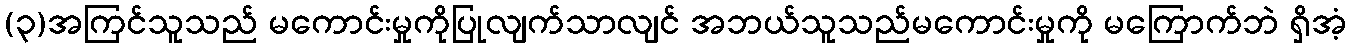
(၃)အကြင်သူသည် မကောင်းမှုကိုပြုလျက်သာလျင် အဘယ်သူသည်မကောင်းမှုကို မကြောက်ဘဲ ရှိအံ့